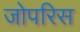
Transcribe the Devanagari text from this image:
जोपरिस